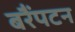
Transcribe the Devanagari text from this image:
बरैंपटन